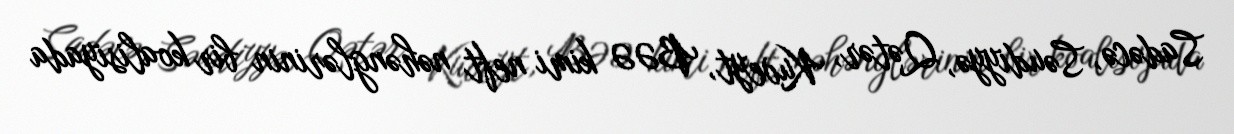
Sadəcə, Səudiyyə, Qətər, Kuveyt, BƏƏ kimi neft nəhənglərinin bir koalisiyada